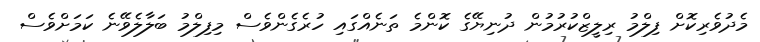
މެދުވެރިކޮށް ފިލްމު ރިލީޒްކުރުމުން ދުނިޔޭގެ ކޮންމެ ތަނެއްގައި ހުރެގެންވެސް މިފިލްމު ބަލާލެވޭނެ ކަމަށްވެސް